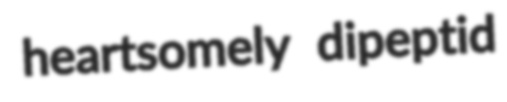
heartsomely dipeptid